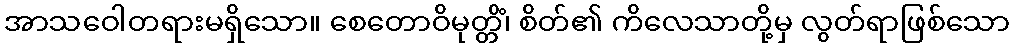
အာသဝေါတရားမရှိသော။ စေတောဝိမုတ္တိံ၊ စိတ်၏ ကိလေသာတို့မှ လွတ်ရာဖြစ်သော